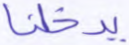
يدخلنا